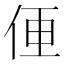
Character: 𱎮